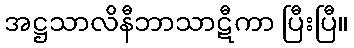
အဋ္ဌသာလိနီဘာသာဋီကာ ပြီးပြီ။